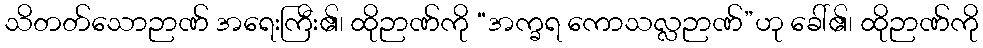
သိတတ်သောဉာဏ် အရေးကြီး၏၊ ထိုဉာဏ်ကို “အက္ခရ ကောသလ္လဉာဏ်”ဟု ခေါ်၏၊ ထိုဉာဏ်ကို